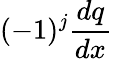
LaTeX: (-1)^{j}\frac{dq}{dx}